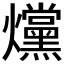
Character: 爣